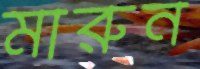
মারুন